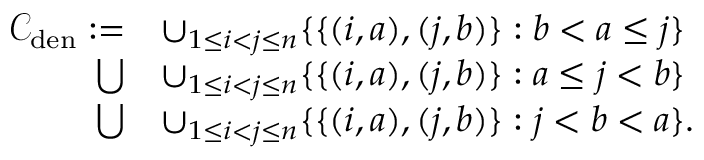
\begin{array} { r l } { \mathcal { C } _ { \mathrm { d e n } } : = } & { \cup _ { 1 \le i < j \le n } \{ \{ ( i , a ) , ( j , b ) \} : b < a \le j \} } \\ { \bigcup } & { \cup _ { 1 \le i < j \le n } \{ \{ ( i , a ) , ( j , b ) \} : a \le j < b \} } \\ { \bigcup } & { \cup _ { 1 \le i < j \le n } \{ \{ ( i , a ) , ( j , b ) \} : j < b < a \} . } \end{array}